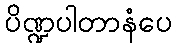
ပိဏ္ဍပါတာနံပေ